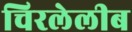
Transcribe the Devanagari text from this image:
चिरलेलीब